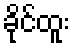
ခိုင်ထူး